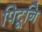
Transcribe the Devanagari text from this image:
पिटूनि